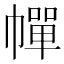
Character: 幝